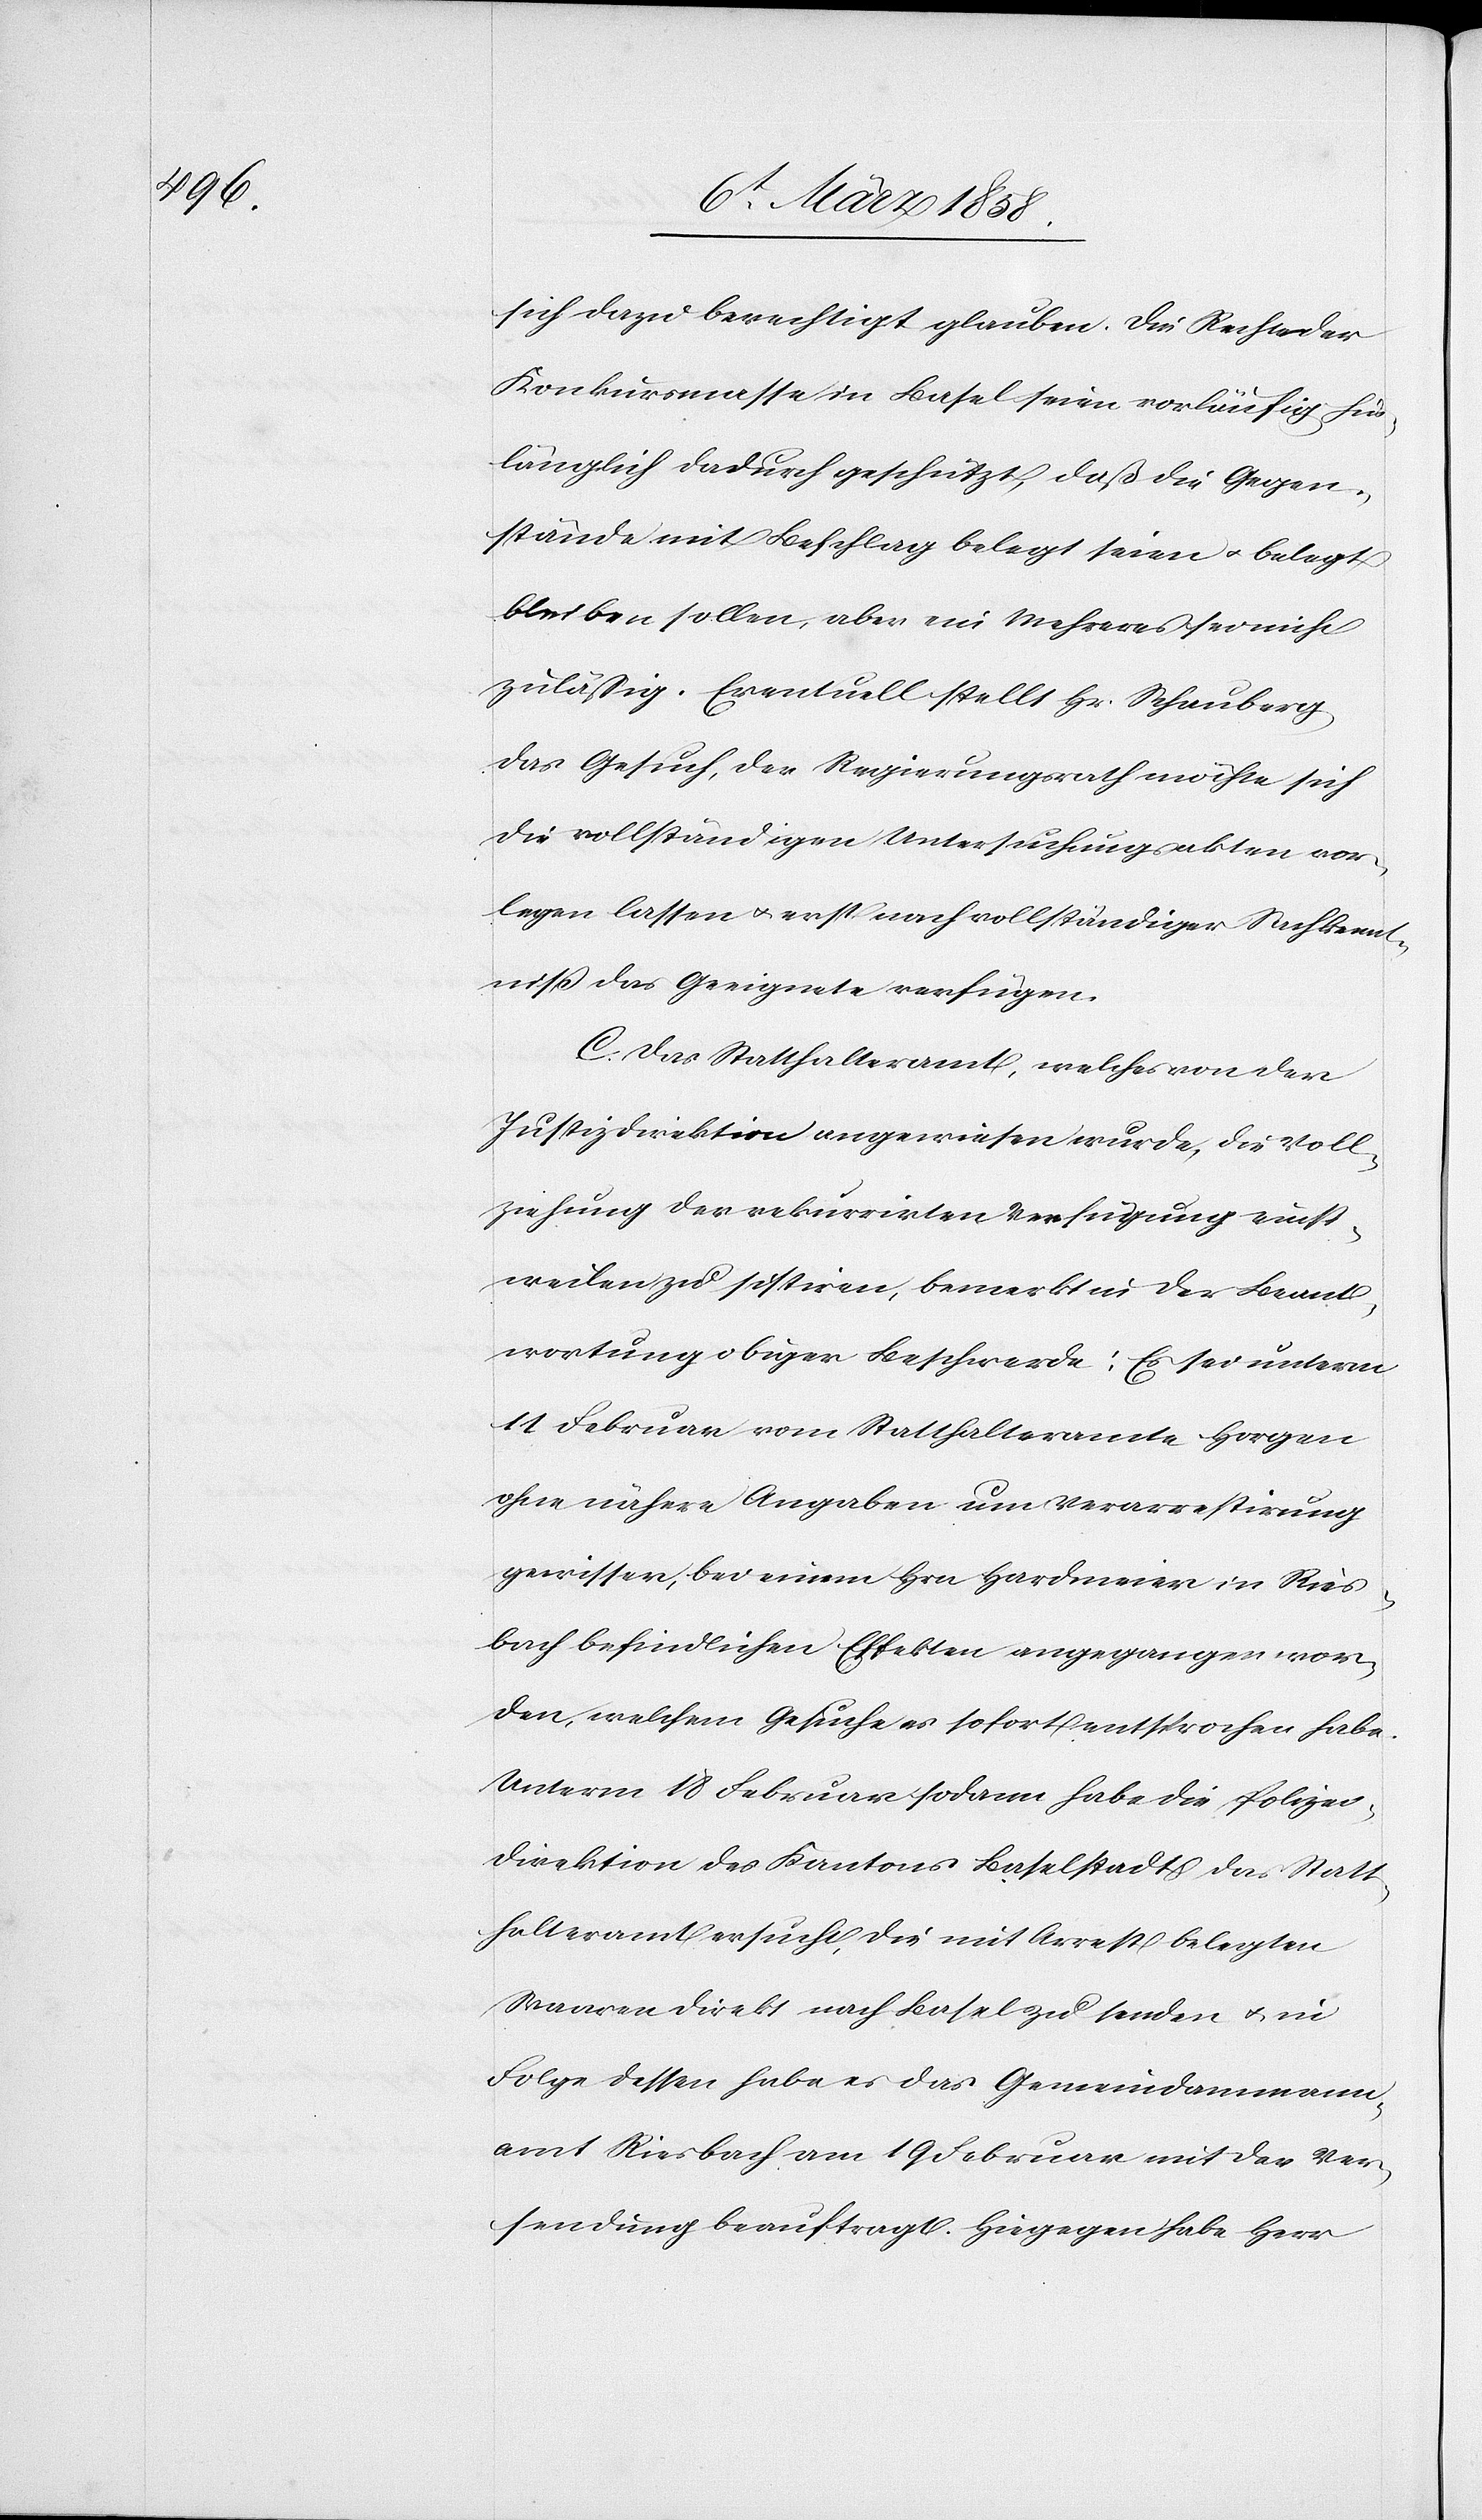
sich dazu berechtigt glauben. Die Rechte der
Konkursmasse in Basel seien vorläufig hin¬
länglich dadurch geschützt, daß die Gegen¬
stände mit Beschlag belegt seien u. belegt
bleiben sollen, aber ein Mehreres sei nicht
zuläßig. Eventuell stellt Hr. Schauberg
das Gesuch, der Regierungsrath möchte sich
die vollständigen Untersuchungsakten vor¬
legen lassen u. erst nach vollständiger Rech[ts]kennt¬
niß das Geeignete verfügen.
C. Das Statthalteramt, welches von der
Justizdirektion angewiesen wurde, die Voll¬
ziehung der rekurrirten Verfügung einst¬
weilen zu sistiren, bemerkt in der Beant¬
wortung obiger Beschwerde: Es sei unterm
11 Februar vom Statthalteramt Horgen
ohne nähere Angaben um Verarrestirung
gewisser, bei einem Hrn Hardmeier in Ries¬
bach befindlichen Effekten angegangen wor¬
den, welchem Gesuche es sofort entsprochen habe.
Unterm 18 Februar sodann habe die Polizei¬
direktion des Kantons Baselstadt das Statt¬
halteramt ersucht, die mit Arrest belegten
Waaren direkt nach Basel zu senden u. in
Folge dessen habe es das Gemeindammann¬
amt Riesbach am 19 Februar mit der Ver¬
sendung beauftragt. Hiegegen habe Herr